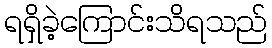
ရရှိခဲ့ကြောင်းသိရသည်